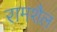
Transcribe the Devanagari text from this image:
रामशैल